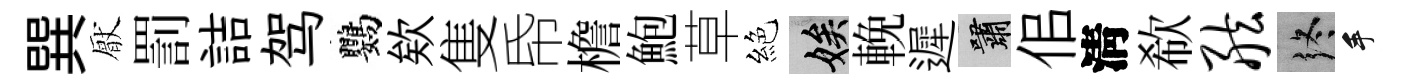
巽厭罰詰驾鸚欸隻帋檐鮑草絕娭輓遲嘯佀淸欷舷终手